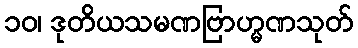
၁၀၊ ဒုတိယသမဏဗြာဟ္မဏသုတ်